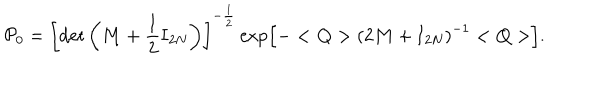
{ \cal P } _ { 0 } = \left[ \det \left( { \bf M } + \frac 1 2 { \bf I } _ { 2 N } \right) \right] ^ { - \frac 1 2 } \exp \left[ - < { \bf Q } > \left( 2 { \bf M } + { \bf I } _ { 2 N } \right) ^ { - 1 } < { \bf Q } > \right] .